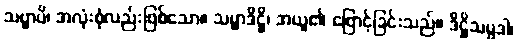
သဗ္ဗာပိ၊ အလုံးစုံလည်းဖြစ်သော။ သမ္မာဒိဋ္ဌိ၊ အယူ၏ ဖြောင့်ခြင်းသည်။ ဒိဋ္ဌိသမ္ပဒါ၊